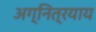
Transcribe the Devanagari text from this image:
अग्नित्रयाय